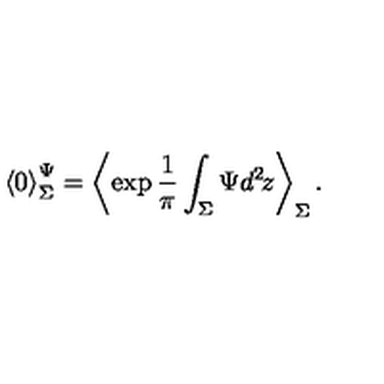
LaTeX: { \langle 0 \rangle } _ { \Sigma } ^ { \Psi } = \left\langle \exp \frac { 1 } { \pi } \int _ { \Sigma } \Psi d ^ { 2 } \! z \right\rangle _ { \Sigma } .